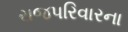
રાજપરિવારના